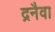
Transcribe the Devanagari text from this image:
द्रनैवा